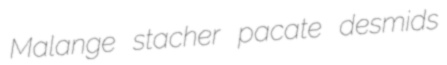
Malange stacher pacate desmids